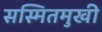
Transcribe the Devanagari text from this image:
सस्मितमुखी